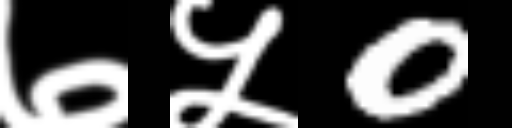
Text: ७५0